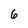
Character: 6